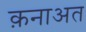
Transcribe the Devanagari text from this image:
क़नाअत